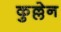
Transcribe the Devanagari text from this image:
कुल्लेन